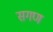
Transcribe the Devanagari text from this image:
सगण